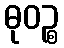
ဓုဝဉ္စ